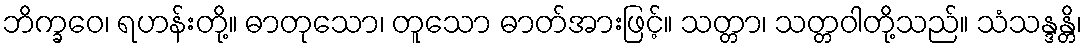
ဘိက္ခဝေ၊ ရဟန်းတို့။ ဓာတုသော၊ တူသော ဓာတ်အားဖြင့်။ သတ္တာ၊ သတ္တဝါတို့သည်။ သံသန္ဒန္တိ၊